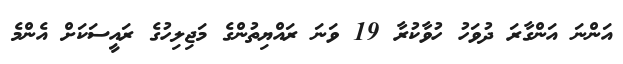
އަންނަ އަންގާރަ ދުވަހު ހުވާކުރާ 19 ވަނަ ރައްޔިތުންގެ މަޖިލިހުގެ ރައީސަކަށް އެންމެ